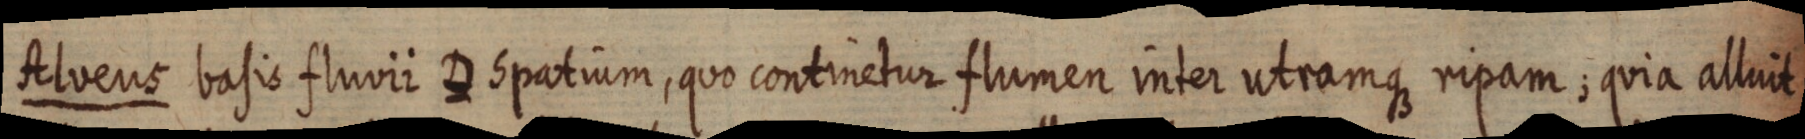
Alveus basis fluvii D Spatium, quo continetur flumen inter utramque ripam; quia alluit